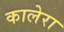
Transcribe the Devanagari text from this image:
कालेरा